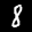
Label: 8